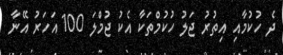
ދެ ހުކުމާއި އިތުރު ޖަލު ހުކުމްތަކާ އެކު ޖުމްލަ 100 އަހަރު އޭނާ